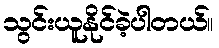
သွင်းယူနိုင်ခဲ့ပါတယ်။